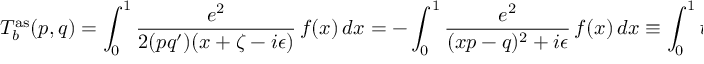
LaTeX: T _ { b } ^ { \mathrm { a s } } ( p , q ) = \int _ { 0 } ^ { 1 } \frac { e ^ { 2 } } { 2 ( p q ^ { \prime } ) ( x + \zeta - i \epsilon ) } \, f ( x ) \, d x = - \int _ { 0 } ^ { 1 } \frac { e ^ { 2 } } { ( x p - q ) ^ { 2 } + i \epsilon } \, f ( x ) \, d x \equiv \int _ { 0 } ^ { 1 } t _ { b } ( x p , q ) \, f ( x ) \, d x \, .